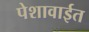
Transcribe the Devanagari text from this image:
पेशावाईत